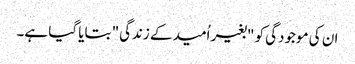
ان کی موجودگی کو "بغیر اُمید کے زندگی" بتایا گیا ہے۔